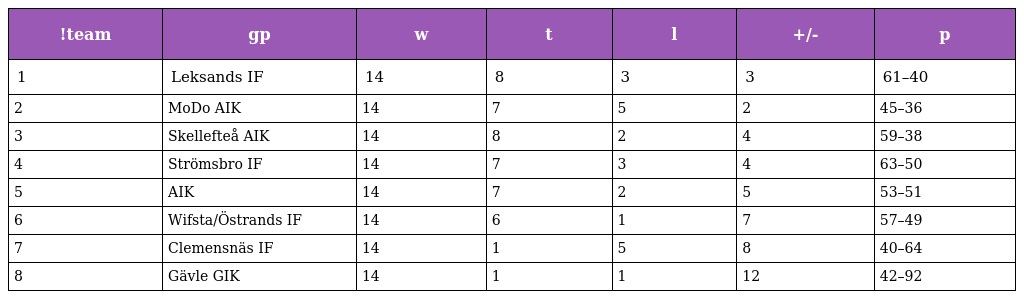
| !team | gp | w | t | l | +/- | p |
 | --- | --- | --- | --- | --- | --- | --- |
 | 1 | Leksands IF | 14 | 8 | 3 | 3 | 61–40 |
 | 2 | MoDo AIK | 14 | 7 | 5 | 2 | 45–36 |
 | 3 | Skellefteå AIK | 14 | 8 | 2 | 4 | 59–38 |
 | 4 | Strömsbro IF | 14 | 7 | 3 | 4 | 63–50 |
 | 5 | AIK | 14 | 7 | 2 | 5 | 53–51 |
 | 6 | Wifsta/Östrands IF | 14 | 6 | 1 | 7 | 57–49 |
 | 7 | Clemensnäs IF | 14 | 1 | 5 | 8 | 40–64 |
 | 8 | Gävle GIK | 14 | 1 | 1 | 12 | 42–92 |